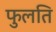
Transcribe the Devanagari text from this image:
फुलति